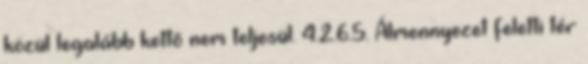
közül legalább kettõ nem teljesül. 4.2.6.5. Álmennyezet feletti tér